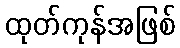
ထုတ်ကုန်အဖြစ်